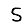
Digit: 5